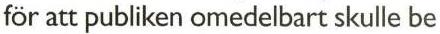
för att publiken omedelbart skulle be